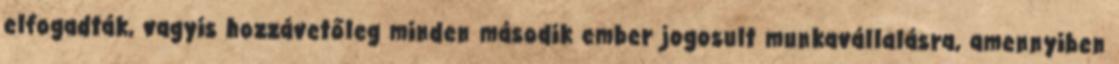
elfogadták, vagyis hozzávetőleg minden második ember jogosult munkavállalásra, amennyiben